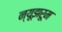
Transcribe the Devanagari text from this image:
न्यूझरूम